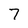
Character: 7